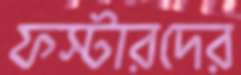
ফস্টারদের